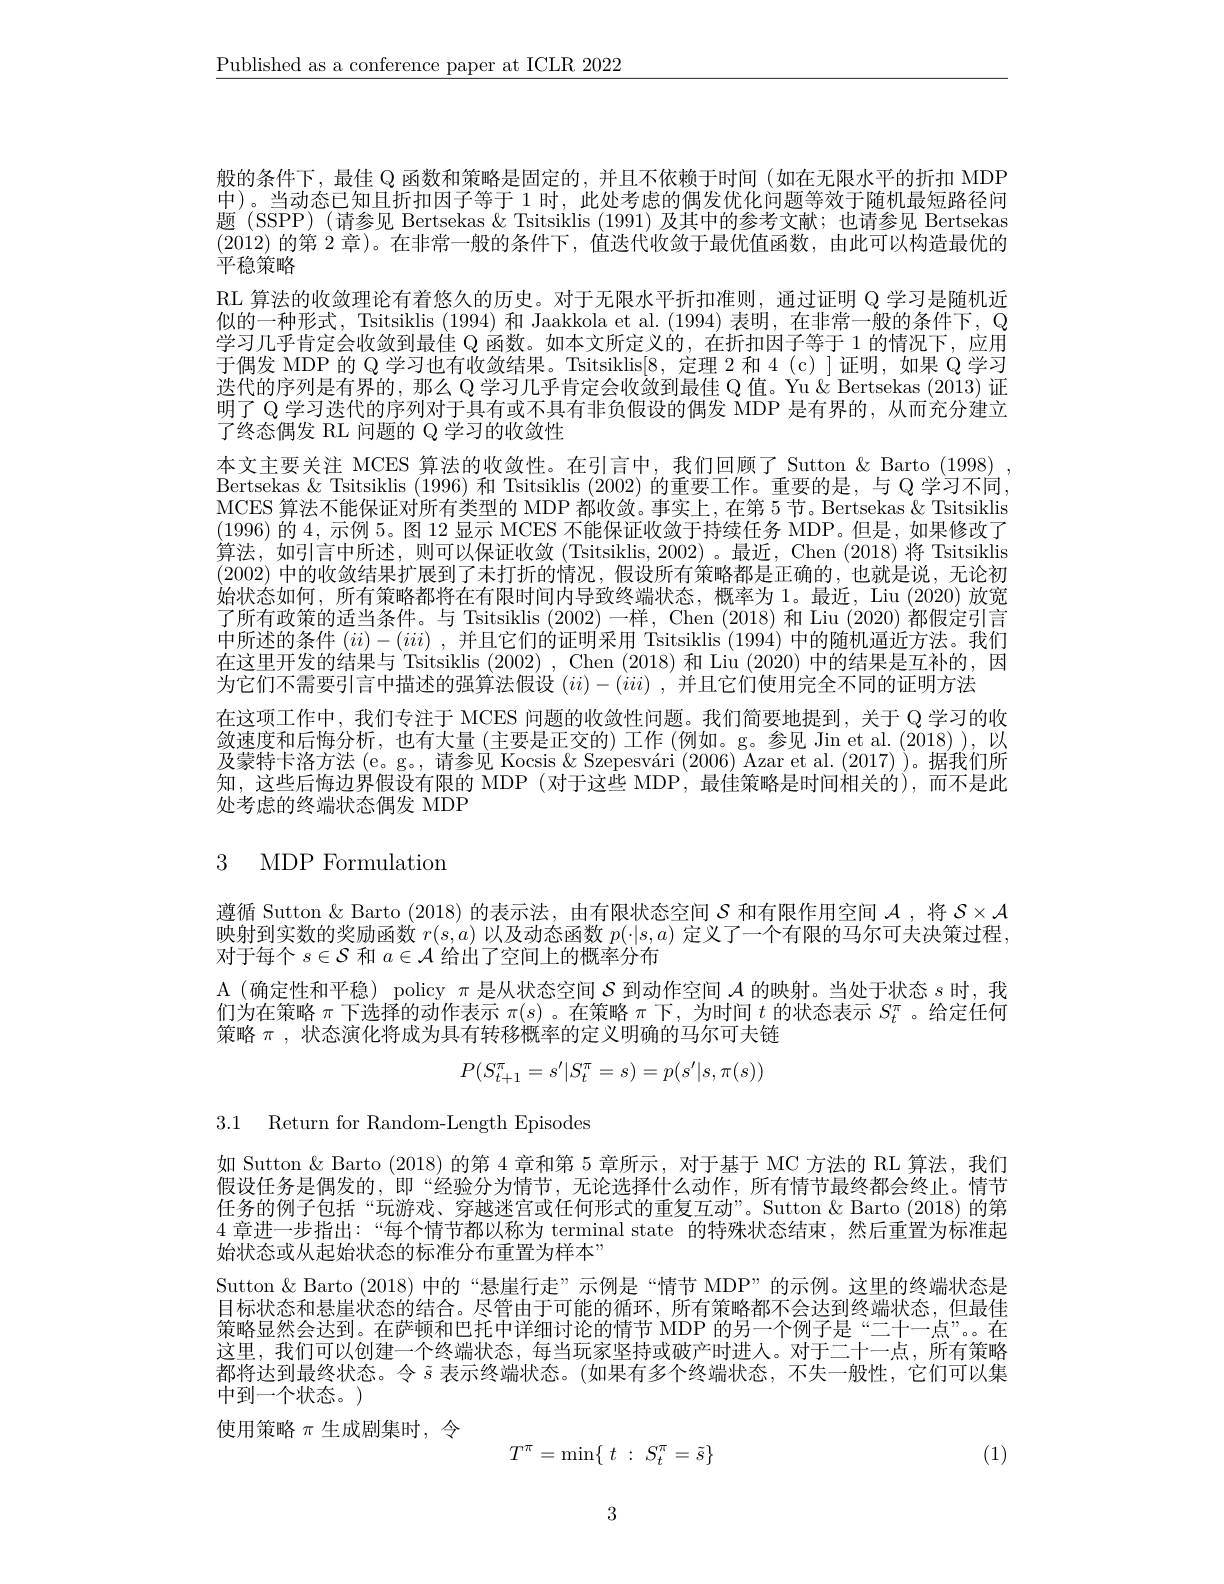
$\underline{\text{Published as a conference paper at ICLR 2022}}$

般的条件下，最佳 Q 函数和策略是固定的，并且不依赖于时间(如在无限水平的折扣 MDP 中)。当动态已知且折扣因子等于 1 时，此处考虑的偶发优化问题等效于随机最短路径问题 (SSPP) (请参见 Bertsekas & Tsitsiklis (1991)及其中的参考文献；也请参见 Bertsekas (2012)的第 2 章)。在非常一般的条件下，值选代收敛于最优值函数，由此可以构造最优的平稳策略
RL 算法的收敛理论有着悠久的历史。对于无限水平折扣准则，通过证明 Q 学习是随机近似的一种形式，Tsitsiklis (1994) 和 Jaakkola et al. (1994) 表明，在非常一般的条件下，Q 学习几乎肯定会收敛到最佳 Q 函数。如本文所定义的，在折扣因子等于 1 的情况下，应用于偶发 MDP 的 Q 学习也有收敛结果。Tsitsiklis[8,定理 2 和 4 (c)]证明，如果 Q 学习迭代的序列是有界的，那么 Q 学习几乎肯定会收敛到最佳 Q 值。Yu & Bertsekas (2013) 证明了 Q 学习迭代的序列对于具有或不具有非负假设的偶发 MDP 是有界的，从而充分建立了终态偶发 RL 问题的 Q 学习的收敛性
本文主要关注 MCES 算法的收敛性。在引言中，我们回顾了 Sutton & Barto (1998) Bertsekas $\&$ Tsitsiklis (1996) 和 Tsitsiklis (2002) 的重要工作。重要的是，与 Q 学习不同， MCES 算法不能保证对所有类型的 MDP 都收敛。事实上，在第 5 节。Bertsekas & Tsitsiklis (1996)的 4,示例 5。图 12 显示 MCES 不能保证收敛于持续任务 MDP。但是，如果修改了算法，如引言中所述，则可以保证收敛(Tsitsiklis,2002)。最近，Chen(2018)将 Tsitsiklis (2002)中的收敛结果扩展到了未打折的情况，假设所有策略都是正确的，也就是说，无论初始状态如何，所有策略都将在有限时间内导致终端状态，概率为 1。最近，Liu (2020) 放宽了所有政策的适当条件。与 Tsitsiklis (2002)一样，Chen (2018)和 Liu (2020)都假定引言中所述的条件$(ii)-(iii)$ ,并且它们的证明采用 Tsitsiklis (1994)中的随机逼近方法。我们在这里开发的结果与 Tsitsiklis (2002) , Chen (2018)和 Liu (2020)中的结果是互补的，因为它们不需要引言中描述的强算法假设$(ii)-(iii)$ ,并且它们使用完全不同的证明方法
在这项工作中，我们专注于 MCES 问题的收敛性问题。我们简要地提到，关于 Q 学习的收敛速度和后悔分析，也有大量(主要是正交的)工作(例如。g。参见 Jin et al.(2018)),以及蒙特卡洛方法(e。g。,请参见 Kocsis&Szepesvári (2006) Azar et al. (2017) )。据我们所知，这些后悔边界假设有限的 MDP (对于这些 MDP,最佳策略是时间相关的),而不是此处考虑的终端状态偶发 MDP

3 MDP Formulation

遵循 Sutton & Barto (2018) 的表示法，由有限状态空间$S$和有限作用空间$\mathcal{A}$ ,将$\mathcal{S}\times\mathcal{A}$ 映射到实数的奖励函数$r(s,a)$以及动态函数$p(\cdot|s,a)$定义了一个有限的马尔可夫决策过程， 对于每个$s\in\mathcal{S}$和$a\in\mathcal{A}$给出了空间上的概率分布

A (确定性和平稳) policy $\pi$是从状态空间$S$到动作空间$\mathcal{A}$的映射。当处于状态$s$时，我们为在策略$\pi$下选择的动作表示$\pi(s)$ 。在策略$\pi$下，为时间$t$的状态表示$S_t^\pi$ 。给定任何策略$\pi$ , 状态演化将成为具有转移概率的定义明确的马尔可夫链
$$P(S_{t+1}^{\pi}=s^{\prime}|S_{t}^{\pi}=s)=p(s^{\prime}|s,\pi(s))$$
3.1 Return for Random-Length Episodes

如 Sutton & Barto (2018) 的第 4 章和第 5 章所示，对于基于 MC 方法的 RL 算法，我们假设任务是偶发的，即“经验分为情节，无论选择什么动作，所有情节最终都会终止。情节任务的例子包括“玩游戏、穿越迷宫或任何形式的重复互动”。Sutton &Barto (2018)的第4 章进一步指出：“每个情节都以称为 terminal state 的特殊状态结束，然后重置为标准起始状态或从起始状态的标准分布重置为样本”
Sutton & Barto (2018) 中的“悬崖行走”示例是“情节 MDP”的示例。这里的终端状态是目标状态和悬崖状态的结合。尽管由于可能的循环，所有策略都不会达到终端状态，但最佳策略显然会达到。在萨顿和巴托中详细讨论的情节 MDP 的另一个例子是“二十一点”。在这里，我们可以创建一个终端状态，每当玩家坚持或破产时进人。对于二十一点，所有策略都将达到最终状态。令$\tilde{s}$表示终端状态。(如果有多个终端状态，不失一般性，它们可以集中到一个状态。)
使用策略$\pi$生成剧集时，令

(1)
$$T^\pi=\min\{\begin{array}{ccc}t&:&S_t^\pi=\tilde{s}\}\end{array}$$
3